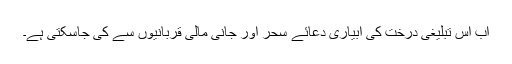
اب اس تبلیغی درخت کی آبیاری دعائے سحر اور جانی مالی قربانیوں سے کی جاسکتی ہے۔